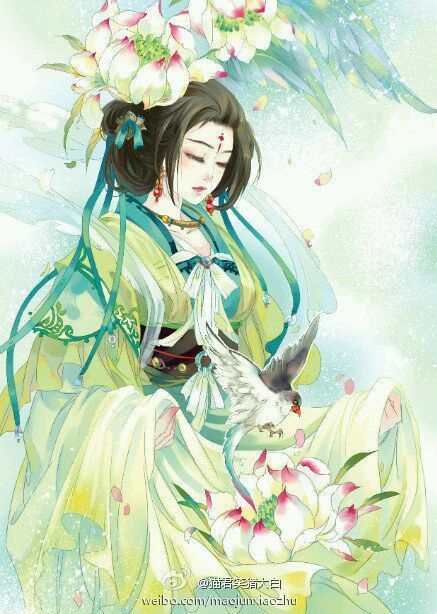
得即高歌失即休，多愁多恨亦悠悠。